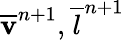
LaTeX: \overline{{\mathbf v}}^{n+1},\overline{{l}}^{n+1}